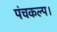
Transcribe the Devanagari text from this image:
पंचकल्प।